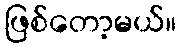
ဖြစ်တော့မယ်။